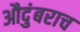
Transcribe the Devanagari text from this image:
औदुंबराच